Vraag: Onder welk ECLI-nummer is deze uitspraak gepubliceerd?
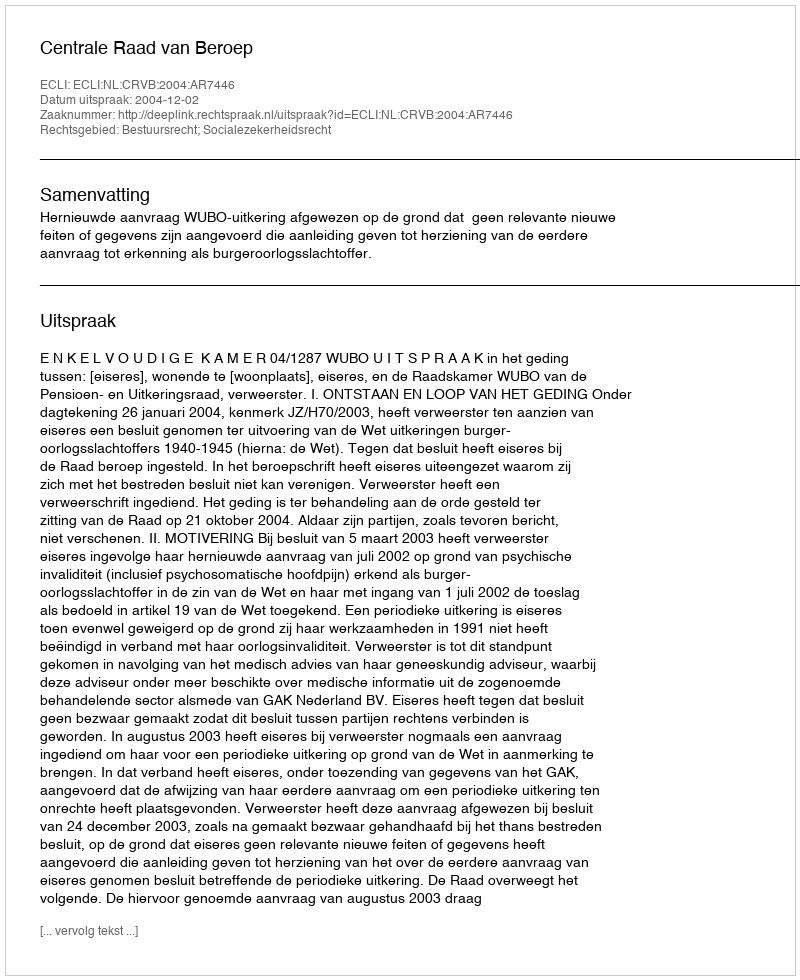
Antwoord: ECLI:NL:CRVB:2004:AR7446